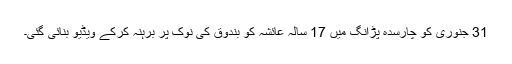
31 جنوری کو چارسدہ پڑانگ میں 17 سالہ عائشہ کو بندوق کی نوک پر برہنہ کرکے ویڈیو بنائی گئی۔